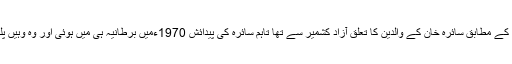
دی مرر کے مطابق سائرہ خان کے والدین کا تعلق آزاد کشمیر سے تھا تاہم سائرہ کی پیدائش 1970ءمیں برطانیہ ہی میں ہوئی اور وہ وہیں پلی بڑھی۔